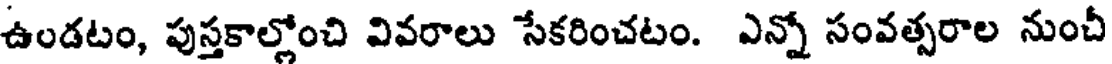
ఉండటం, పుస్తకాల్లోంచి వివరాలు సేకరించటం. ఎన్నో సంవత్సరాల నుంచీ